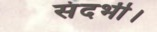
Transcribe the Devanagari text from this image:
संदर्भी।